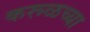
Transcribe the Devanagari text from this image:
करूळच्या